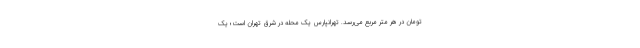
تومان در هر متر مربع می‌رسد. تهرانپارس یک محله در شرق تهران است؛ یک